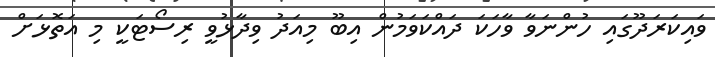
ވައިކަރަދޫގައި ހުންނަވާ ވާހަކަ ދައްކަވަމުން އިބޫ މިއަދު ވިދާޅުވީ ރިސޯޓަކީ މި އަތޮޅަށް